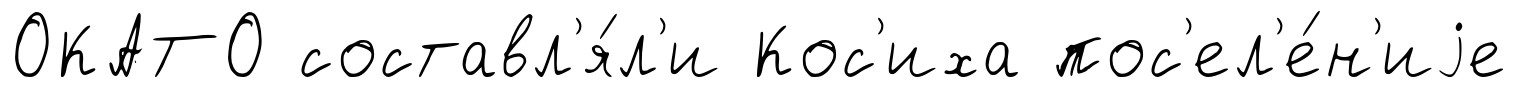
ОКАТО составл'я́л'и Кос'иха пос'ел'е́н'иjе